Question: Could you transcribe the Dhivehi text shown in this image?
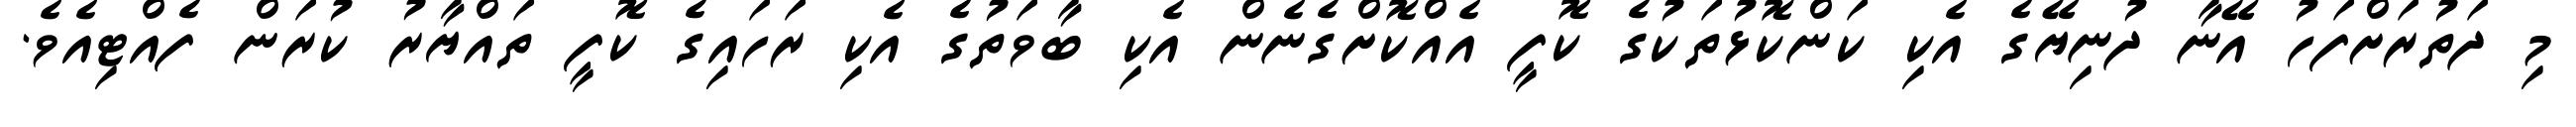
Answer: މި ދަތުރަށްފަހު އޭނާ ދުނިޔޭގެ އެކި ކަންކޮޅުތަކުގެ ކޮފީ އެއްކޮށްގެނެން އެކި ބާވަތުގެ އެކި ރަހައިގެ ކޮފީ ތައްޔާރު ކުރަން ފެއްޓިއެވެ.